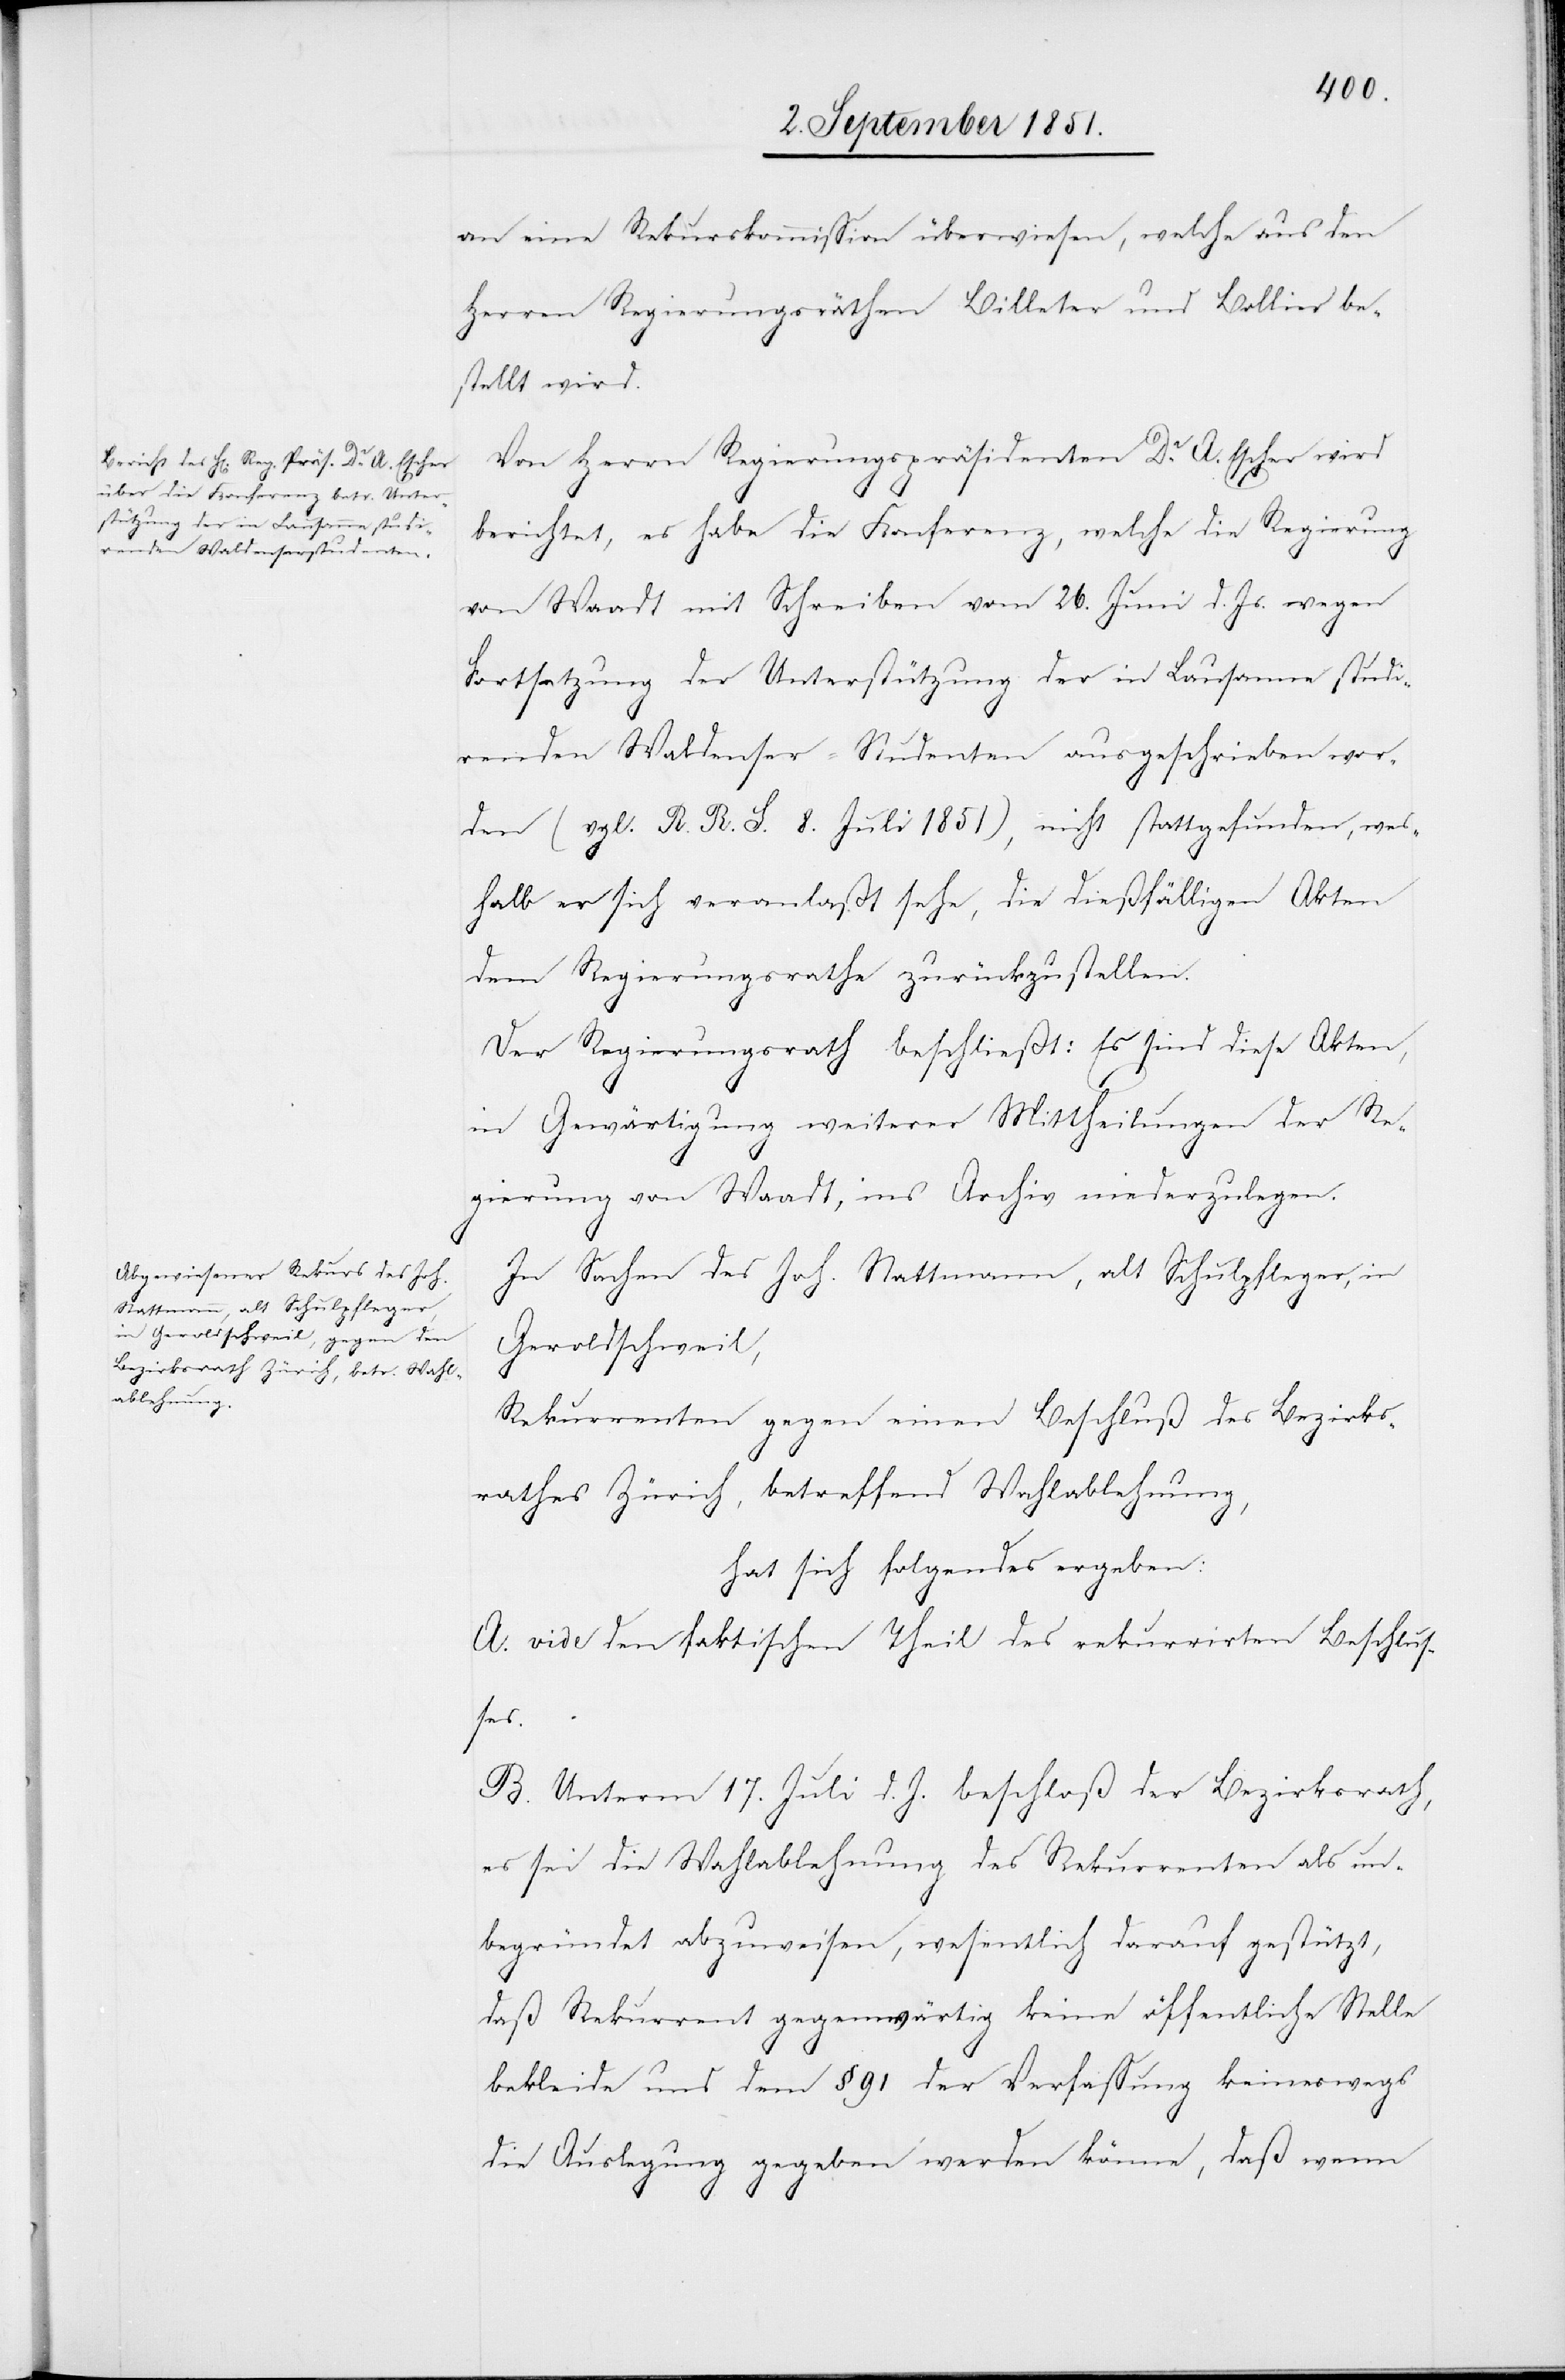
an eine Rekurskommission überwiesen, welche aus den
Herren Regierungsräthen Billeter und Bollier be¬
stellt wird.
Von Herrn Regierungspräsidenten Dr. A. Escher wird
berichtet, es habe die Konferenz, welche die Regierung
von Waadt mit Schreiben vom 26. Juni d. Js. wegen
Fortsetzung der Unterstützung der in Lausanne studi¬
renden Waldenser-Studenten ausgeschrieben wor¬
den
(vgl. R. R. S. 8. Juli 1851), nicht stattgefunden, wes¬
halb er sich veranlaßt sehe, die dießfälligen Akten
dem Regierungsrathe zurückzustellen.
Der Regierungsrath beschließt: Es sind diese Akten,
in Gewärtigung weiterer Mittheilungen der Re¬
gierung von Waadt, ins Archiv niederzulegen.
In Sachen des Joh. Stattmann, alt Schulpfleger, in
Geroldschweil,
Rekurrenten gegen einen Beschluß des Bezirks¬
rathes Zürich, betreffend Wahlablehnung,
hat sich folgendes ergeben:
A. vide den faktischen Theil des rekurrirten Beschlus¬
ses.
B. Unterm 17. Juli d. J. beschloß der Bezirksrath,
es sei die Wahlablehnung des Rekurrenten als un¬
begründet abzuweisen, wesentlich darauf gestützt,
daß Rekurrent gegenwärtig keine öffentliche Stelle
bekleide und dem § 91 der Verfassung keineswegs
die Auslegung gegeben werden könne, daß wenn